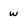
Character: w